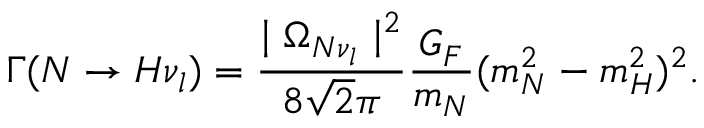
\Gamma ( N \rightarrow H \nu _ { l } ) = \frac { \mid \Omega _ { N \nu _ { l } } \mid ^ { 2 } } { 8 \sqrt { 2 } \pi } \frac { G _ { F } } { m _ { N } } ( m _ { N } ^ { 2 } - m _ { H } ^ { 2 } ) ^ { 2 } .